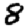
Digit: 8